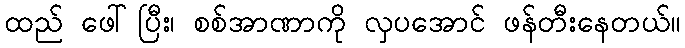
ထည် ဖေါ်ပြီး၊ စစ်အာဏာကို လှပအောင် ဖန်တီးနေတယ်။